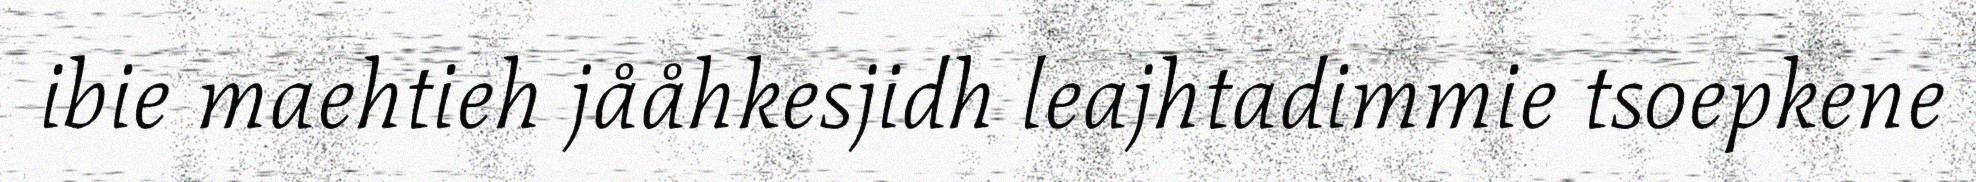
ibie maehtieh jååhkesjidh leajhtadimmie tsoepkene